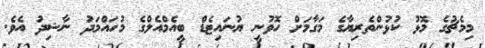
މިމެޗުގެ މޮޅު ކުޅުންތެރިޔާގެ މަގާމަށް ހޮވުނީ ޔުނައިޓެޑް ބީއެމްއެލްގެ މުހައްމަދު ނާޝިދު އެވެ.